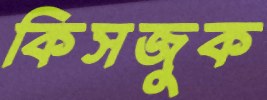
কিসজুক